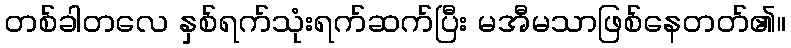
တစ်ခါတလေ နှစ်ရက်သုံးရက်ဆက်ပြီး မအီမသာဖြစ်နေတတ်၏။